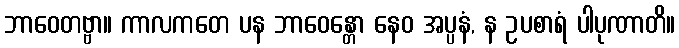
ဘာဝေတဗ္ဗာ။ ကာလကတေ ပန ဘာဝေန္တော နေဝ အပ္ပနံ, န ဥပစာရံ ပါပုဏာတိ။